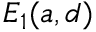
E _ { 1 } ( a , d )